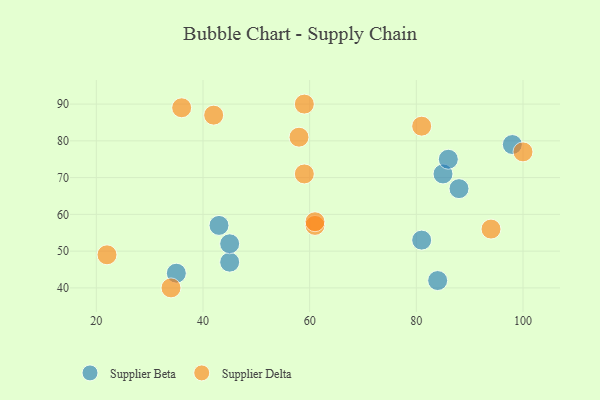
{"axis": {"x": "GDP", "y": "Life Expectancy"}, "legend": ["Supplier Beta", "Supplier Delta"], "data": [{"x": "45", "y": 47, "type": "Supplier Beta"}, {"x": "85", "y": 71, "type": "Supplier Beta"}, {"x": "81", "y": 53, "type": "Supplier Beta"}, {"x": "98", "y": 79, "type": "Supplier Beta"}, {"x": "84", "y": 42, "type": "Supplier Beta"}, {"x": "88", "y": 67, "type": "Supplier Beta"}, {"x": "45", "y": 52, "type": "Supplier Beta"}, {"x": "86", "y": 75, "type": "Supplier Beta"}, {"x": "43", "y": 57, "type": "Supplier Beta"}, {"x": "35", "y": 44, "type": "Supplier Beta"}, {"x": "94", "y": 56, "type": "Supplier Delta"}, {"x": "59", "y": 90, "type": "Supplier Delta"}, {"x": "42", "y": 87, "type": "Supplier Delta"}, {"x": "100", "y": 77, "type": "Supplier Delta"}, {"x": "36", "y": 89, "type": "Supplier Delta"}, {"x": "58", "y": 81, "type": "Supplier Delta"}, {"x": "34", "y": 40, "type": "Supplier Delta"}, {"x": "81", "y": 84, "type": "Supplier Delta"}, {"x": "61", "y": 57, "type": "Supplier Delta"}, {"x": "22", "y": 49, "type": "Supplier Delta"}, {"x": "61", "y": 58, "type": "Supplier Delta"}, {"x": "59", "y": 71, "type": "Supplier Delta"}]}